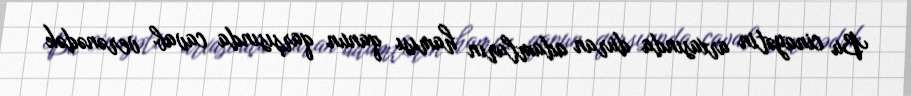
Bu cinayətin arxasında duran adamların hamısı qanun qarşısında cavab verənədək